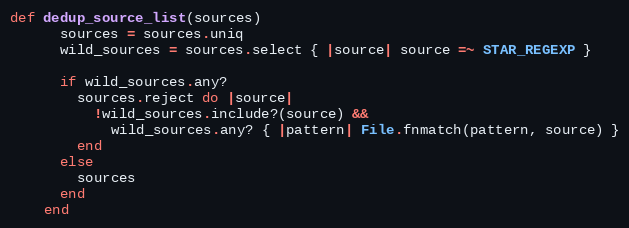
Language: Ruby
def dedup_source_list(sources)
      sources = sources.uniq
      wild_sources = sources.select { |source| source =~ STAR_REGEXP }

      if wild_sources.any?
        sources.reject do |source|
          !wild_sources.include?(source) &&
            wild_sources.any? { |pattern| File.fnmatch(pattern, source) }
        end
      else
        sources
      end
    end